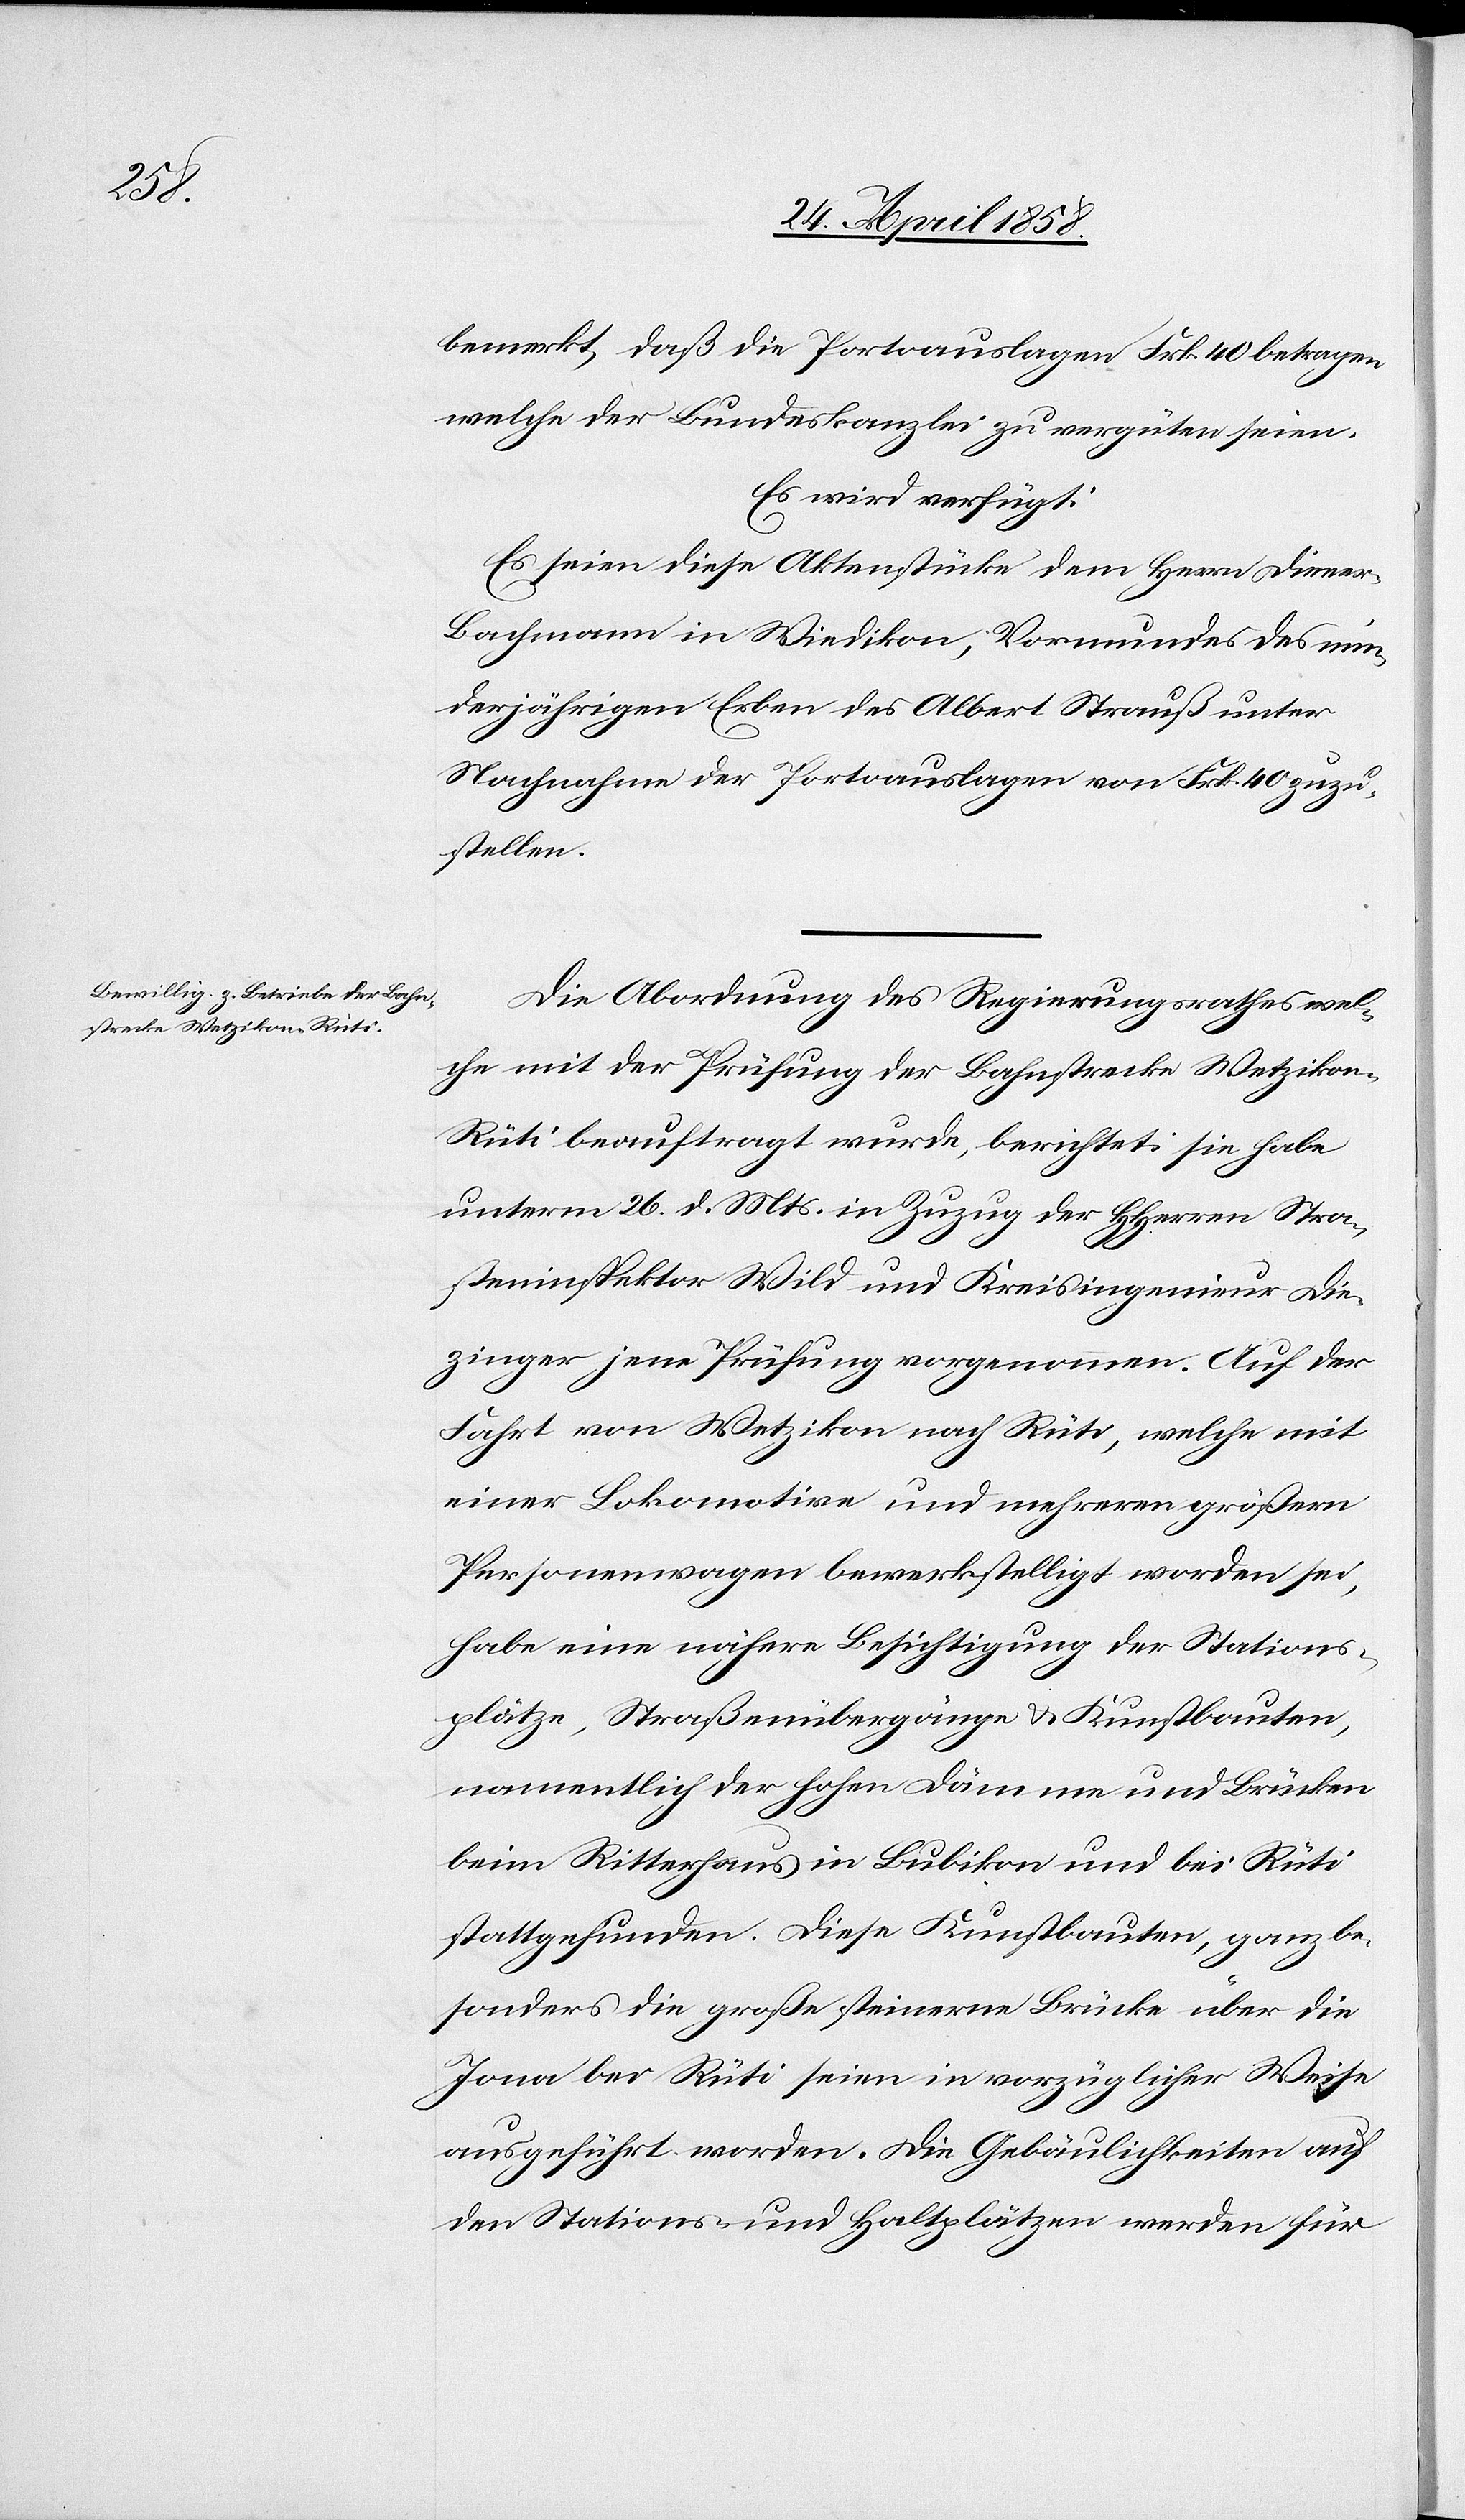
26. April 1858.]
bemerkt, daß die Portoauslagen Frk. 40 betragen,
welche der Bundeskanzlei zu vergüten seien.
Es wird verfügt:
Es seien diese Aktenstücke dem Herrn Diene¬
r-Bachmann in Wiedikon, Vormundes des min¬
derjährigen Erben des Albert Strauß unter
Nachnahme der Portoauslagen von Frk. 40 zuzu¬
stellen.
Die Abordnung des Regierungsrathes wel¬
che mit der Prüfung der Bahnstrecke Wetzikon–R¬
üti beauftragt wurde, berichtet: sie habe
unterm 26. d. Mts. in Zuzug der HHerren Stra¬
ßeninspektor Wild und Kreisingenieur Die¬
zinger jene Prüfung vorgenommen. Auf der
Fahrt von Wetzikon nach Rüti, welche mit
einer Lokomotive und mehreren größern
Personenwagen bewerkstelligt worden sei,
habe eine nähere Besichtigung der Stations¬
plätze, Straßenübergänge & Kunstbauten,
namentlich der hohen Dämme und Brücken
beim Ritterhaus in Bubikon und bei Rüti
stattgefunden. Diese Kunstbauten, ganz be¬
sonders die große steinerne Brücke über die
Jona bei Rüti seien in vorzüglicher Weise
ausgeführt worden. Die Gebäulichkeiten auf
den Stationen und Haltplätzen werden für